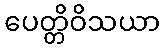
ပေတ္တိဝိသယာ